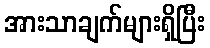
အားသာချက်များရှိပြီး